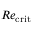
R e _ { \mathrm { c r i t } }